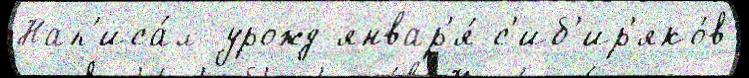
Нап'иса́л урожд январ'я́ с'иб'ир'яко́в